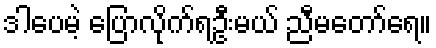
ဒါပေမဲ့ ပြောလိုက်ရဦးမယ် ညီမတော်ရေ။